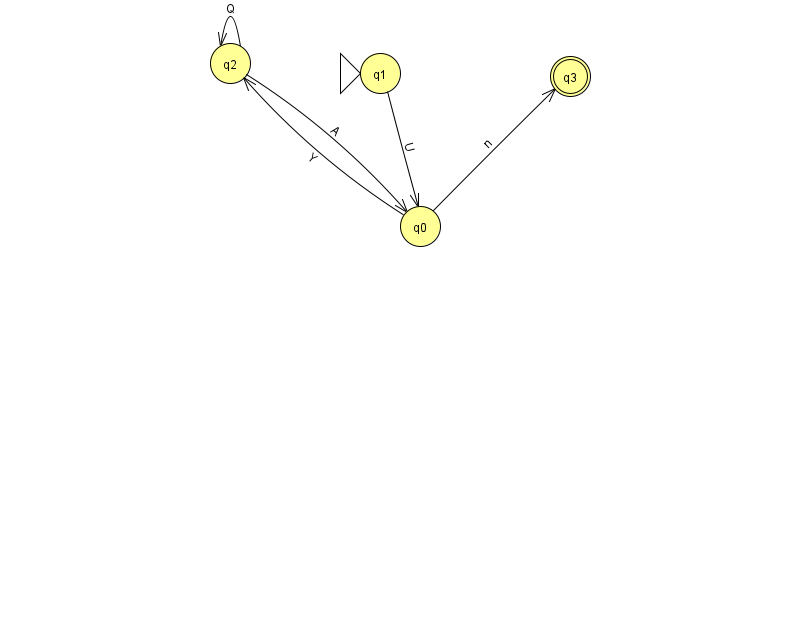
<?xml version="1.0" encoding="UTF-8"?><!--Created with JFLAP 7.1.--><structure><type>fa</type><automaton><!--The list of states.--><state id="0" name="q0"><x>420.0</x><y>213.0</y></state><state id="1" name="q1"><x>380.0</x><y>60.0</y><initial/></state><state id="2" name="q2"><x>230.0</x><y>50.0</y></state><state id="3" name="q3"><x>570.0</x><y>63.0</y><final/></state><!--The list of transitions.--><transition><from>1</from><to>0</to><read>U</read></transition><transition><from>2</from><to>2</to><read>Q</read></transition><transition><from>0</from><to>2</to><read>Y</read></transition><transition><from>0</from><to>3</to><read>n</read></transition><transition><from>2</from><to>0</to><read>A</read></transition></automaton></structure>